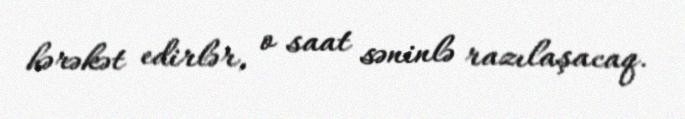
hərəkət edirlər, o saat səninlə razılaşacaq.